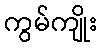
ကွမ်ကျိုး